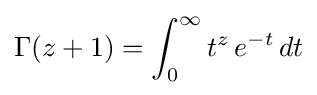
\Gamma (z+1)=\int _{0}^{\infty }t^{z}\,e^{-t}\,dt